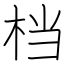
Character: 档